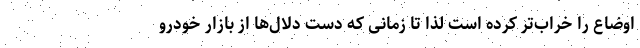
اوضاع را خراب‌تر کرده است لذا تا زمانی که دست دلال‌ها از بازار خودرو